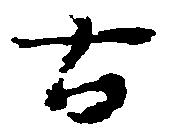
古